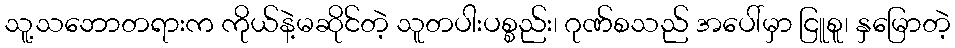
သူ့သဘောတရားက ကိုယ်နဲ့မဆိုင်တဲ့ သူတပါးပစ္စည်း၊ ဂုဏ်စသည် အပေါ်မှာ ငြူစူ၊ နှမြောတဲ့